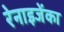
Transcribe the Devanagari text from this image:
रेनाइजेंका